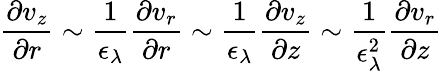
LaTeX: \frac{\partial v_{z}}{\partial r}\sim\frac{1}{\epsilon_{\lambda}}\frac{\partial v_{r}}{\partial r}\sim\frac{1}{\epsilon_{\lambda}}\frac{\partial v_{z}}{\partial z}\sim\frac{1}{\epsilon_{\lambda}^{2}}\frac{\partial v_{r}}{\partial z}